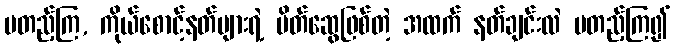
မတည့်ကြ, ကိုယ်စောင့်နတ်များရဲ့ မိတ်ဆွေဖြစ်တဲ့ အထက် နတ်ချင်းလဲ မတည့်ကြ၍